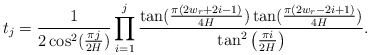
\begin{align*}t_{j}=\frac{1}{2\cos ^{2}(\frac{\pi j}{2H})}\prod_{i=1}^{j}\frac{\tan (\frac{\pi (2w_{r}+2i-1)}{4H})\tan (\frac{\pi (2w_{r}-2i+1)}{4H})}{\tan ^{2}\left(\frac{\pi i}{2H}\right) }. \end{align*}